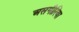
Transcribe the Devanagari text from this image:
असगीरिया